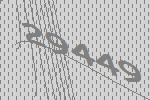
29449